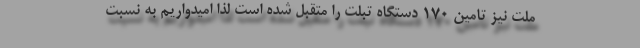
ملت نیز تامین ۱۷۰ دستگاه تبلت را متقبل شده است لذا امیدواریم به نسبت